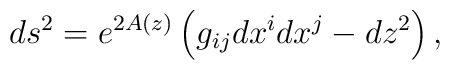
ds^2 = e^{2A(z)} \left( g_{ij} dx^i dx^j - dz^2 \right),